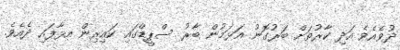
ދުވެއެވެ އަދި ކާރުތަށް ބަރުގޮނު އަޅަމުން ބާރު ސްޕީޑްގައި ކައިރިން އޅާފައި ދެއެވެ.